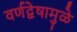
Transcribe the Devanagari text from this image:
वर्णद्वेषामुळे